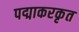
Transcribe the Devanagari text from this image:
पद्माकरकृत